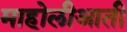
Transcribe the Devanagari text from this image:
माहोलीआती